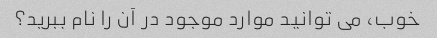
خوب، می توانید موارد موجود در آن را نام ببرید؟